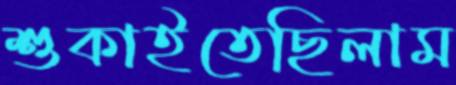
শুকাইতেছিলাম